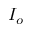
I _ { o }